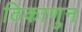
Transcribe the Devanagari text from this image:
ठिकाणुन